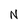
Character: N